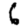
Digit: 6